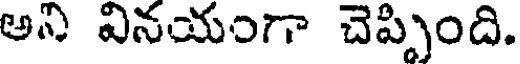
అని వినయంగా చెప్పింది.